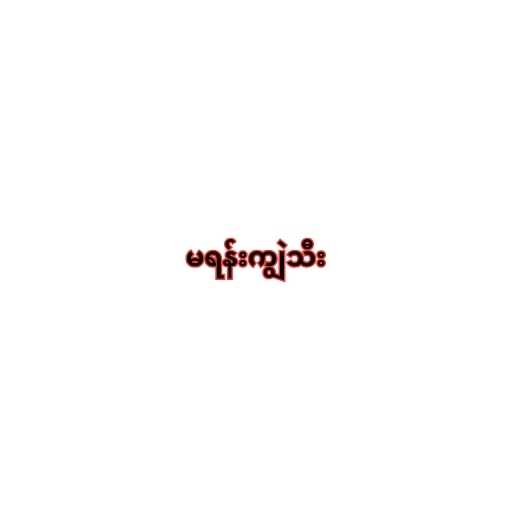
မရန်းကျွဲသီး